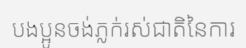
បងប្អូនចង់ភ្លក់រស់ជាតិនៃការ